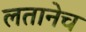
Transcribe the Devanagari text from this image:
लतानेच